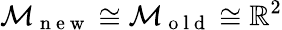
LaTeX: \mathcal{M}_{\mathrm{~n~e~w~}}\cong\mathcal{M}_{\mathrm{~o~l~d~}}\cong\mathbb{R}^{2}